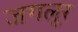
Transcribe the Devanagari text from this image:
जगलूर